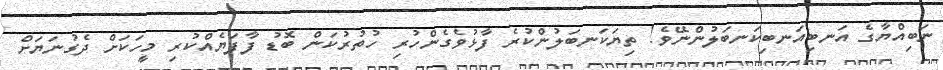
ނަބިއްޔާގެ އަނބިއަނބިކަނބަލުންނޭވެ! ތިޔަކަނބަލުންކުރެ ފާޅުވެގެންހުރި ހުތުރުކަން ބޮޑު ފާފަޔެއްކުރި މީހަކަށް ދެގުނަޔަށް